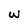
Character: w